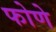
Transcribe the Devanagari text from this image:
फोणे